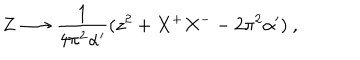
Z \longrightarrow \frac { 1 } { 4 \pi ^ { 2 } \alpha ^ { \prime } } ( z ^ { 2 } + X ^ { + } X ^ { -- } 2 \pi ^ { 2 } \alpha ^ { \prime } ) \ ,